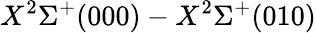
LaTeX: X^{2}\Sigma^{+}(000)-X^{2}\Sigma^{+}(010)